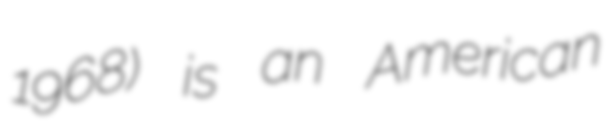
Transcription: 1968) is an American